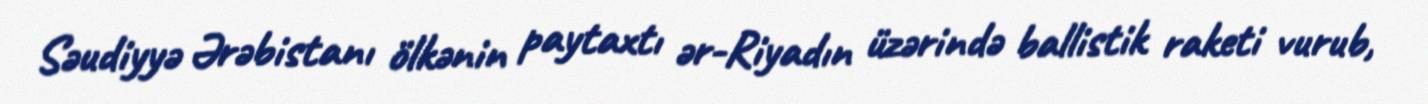
Səudiyyə Ərəbistanı ölkənin paytaxtı ər-Riyadın üzərində ballistik raketi vurub,